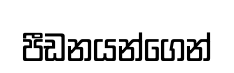
පීඩනයන්ගෙන්